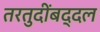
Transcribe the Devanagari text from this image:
तरतुदींबद्दल